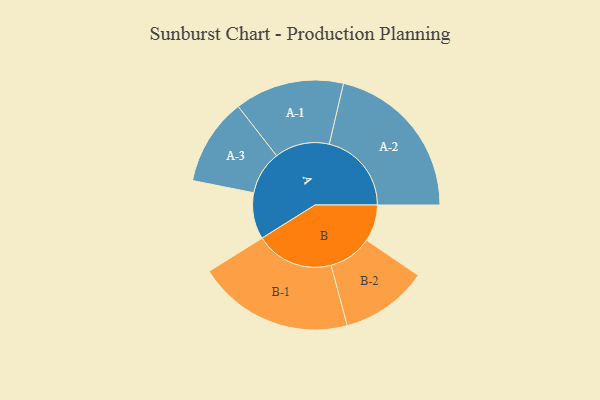
{"axis": {"x": "Segment", "y": "Value"}, "legend": ["", "A", "B"], "data": [{"x": "A", "y": 167, "type": ""}, {"x": "B", "y": 132, "type": ""}, {"x": "A-1", "y": 197, "type": "A"}, {"x": "A-2", "y": 296, "type": "A"}, {"x": "A-3", "y": 157, "type": "A"}, {"x": "B-1", "y": 281, "type": "B"}, {"x": "B-2", "y": 157, "type": "B"}]}